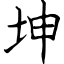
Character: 坤